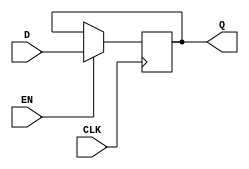
module d_latch (
    input D,
    input EN,
    input CLK,
    output reg Q
);

always@(posedge CLK) begin
  if (EN == 1'b1) begin
    Q <= D;
  end
end

endmodule